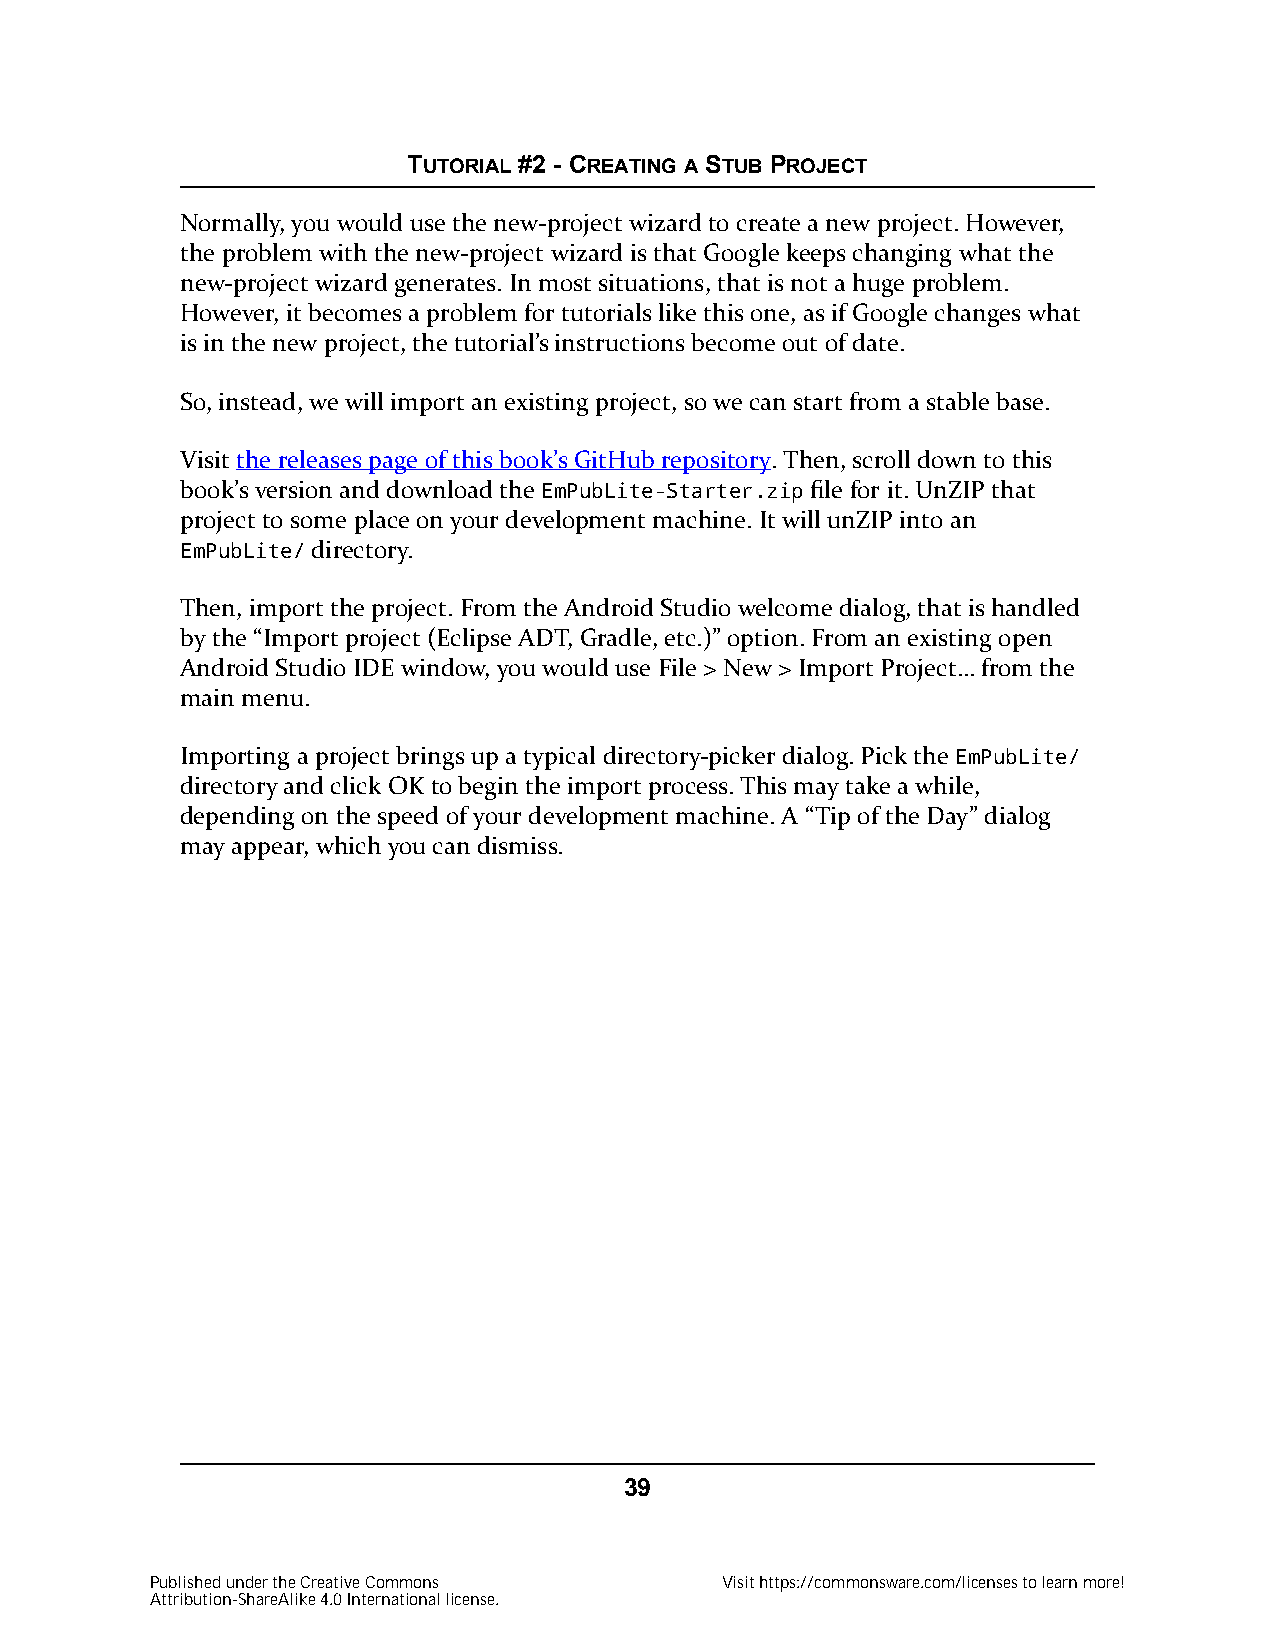
TUTORIAL #2 - CREATING A STUB PROJECT
 Normally, you would use the new-project wizard to create a new project. However,
 the problem with the new-project wizard is that Google keeps changing what the
 new-project wizard generates. In most situations, that is not a huge problem.
 However, it becomes a problem for tutorials like this one, as if Google changes what
 is in the new project, the tutorial’s instructions become out of date.
 So, instead, we will import an existing project, so we can start from a stable base.
 Visit the releases page of this book’s GitHub repository. Then, scroll down to this
 book’s version and download the EmPubLite-Starter.zip file for it. UnZIP that
 project to some place on your development machine. It will unZIP into an
 EmPubLite/ directory.
 Then, import the project. From the Android Studio welcome dialog, that is handled
 by the “Import project (Eclipse ADT, Gradle, etc.)” option. From an existing open
 Android Studio IDE window, you would use File > New > Import Project… from the
 main menu.
 Importing a project brings up a typical directory-picker dialog. Pick the EmPubLite/
 directory and click OK to begin the import process. This may take a while,
 depending on the speed of your development machine. A “Tip of the Day” dialog
 may appear, which you can dismiss.
 39
 Published under the Creative Commons  Visit https://commonsware.com/licenses to learn more!
 Attribution-ShareAlike 4.0 International license.